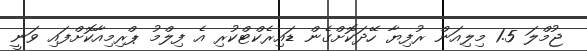
ޖުމްލަ 1.5 މިލިއަން ރުފިޔާ ހޭދަކޮށްގެން ޑައިރެކްޓްކުރި އެ ފިލްމު ޕްރިމިއާކޮށްފައި ވަނީ